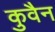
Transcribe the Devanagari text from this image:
कुवैन